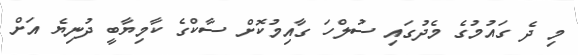
މި ދެ ގައުމުގެ މެދުގައި ސުލްހަ ގާއިމުކޮށް ސާކްގެ ކާމިޔާބީ ދުނިޔެ އަށް